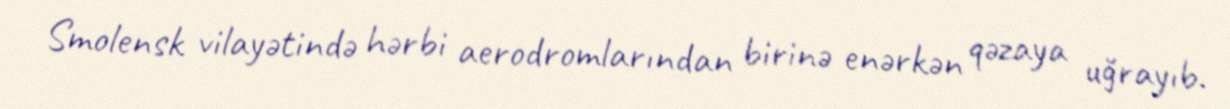
Smolensk vilayətində hərbi aerodromlarından birinə enərkən qəzaya uğrayıb.